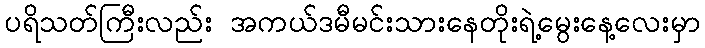
ပရိသတ်ကြီးလည်း အကယ်ဒမီမင်းသားနေတိုးရဲ့မွေးနေ့လေးမှာ